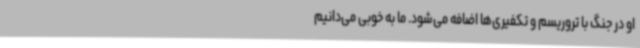
او در جنگ با تروریسم و تکفیری‌ها اضافه می‌شود. ما به خوبی می‌دانیم